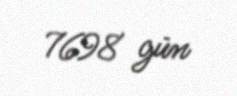
7698 gün